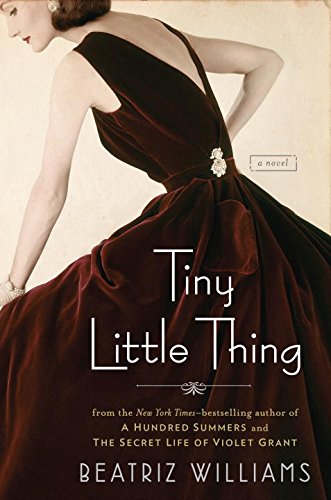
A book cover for Tiny Little Thing; Beatriz Williams; Romance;